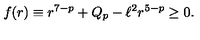
f ( r ) \equiv r ^ { 7 - p } + Q _ { p } - \ell ^ { 2 } r ^ { 5 - p } \ge 0 .